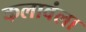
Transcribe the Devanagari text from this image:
कलावंला